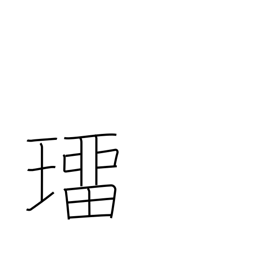
Meaning: precious stone